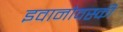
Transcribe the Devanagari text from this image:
इवानोवस्की